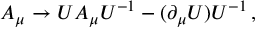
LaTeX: A _ { \mu } \rightarrow U A _ { \mu } U ^ { - 1 } - ( \partial _ { \mu } U ) U ^ { - 1 } \, { , }